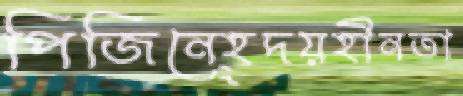
পিজিনেহূদয়হীনতা